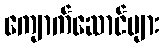
ကျောက်ဆောင်များ